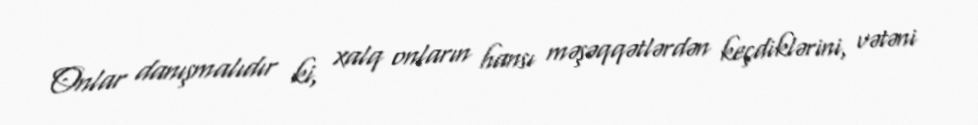
Onlar danışmalıdır ki, xalq onların hansı məşəqqətlərdən keçdiklərini, vətəni